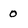
Character: 0